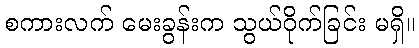
စကားလက် မေးခွန်းက သွယ်ဝိုက်ခြင်း မရှိ။